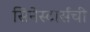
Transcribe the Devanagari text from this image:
सिनेस्टार्सची